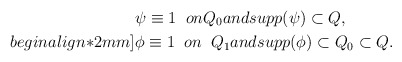
\begin{align*}&\psi \equiv 1\;\; on Q_0and supp(\psi)\subset Q,\\begin{align*}2mm]&\phi \equiv 1\;\; on \;\; Q_1 and supp(\phi)\subset Q_0\subset Q.\end{align*}